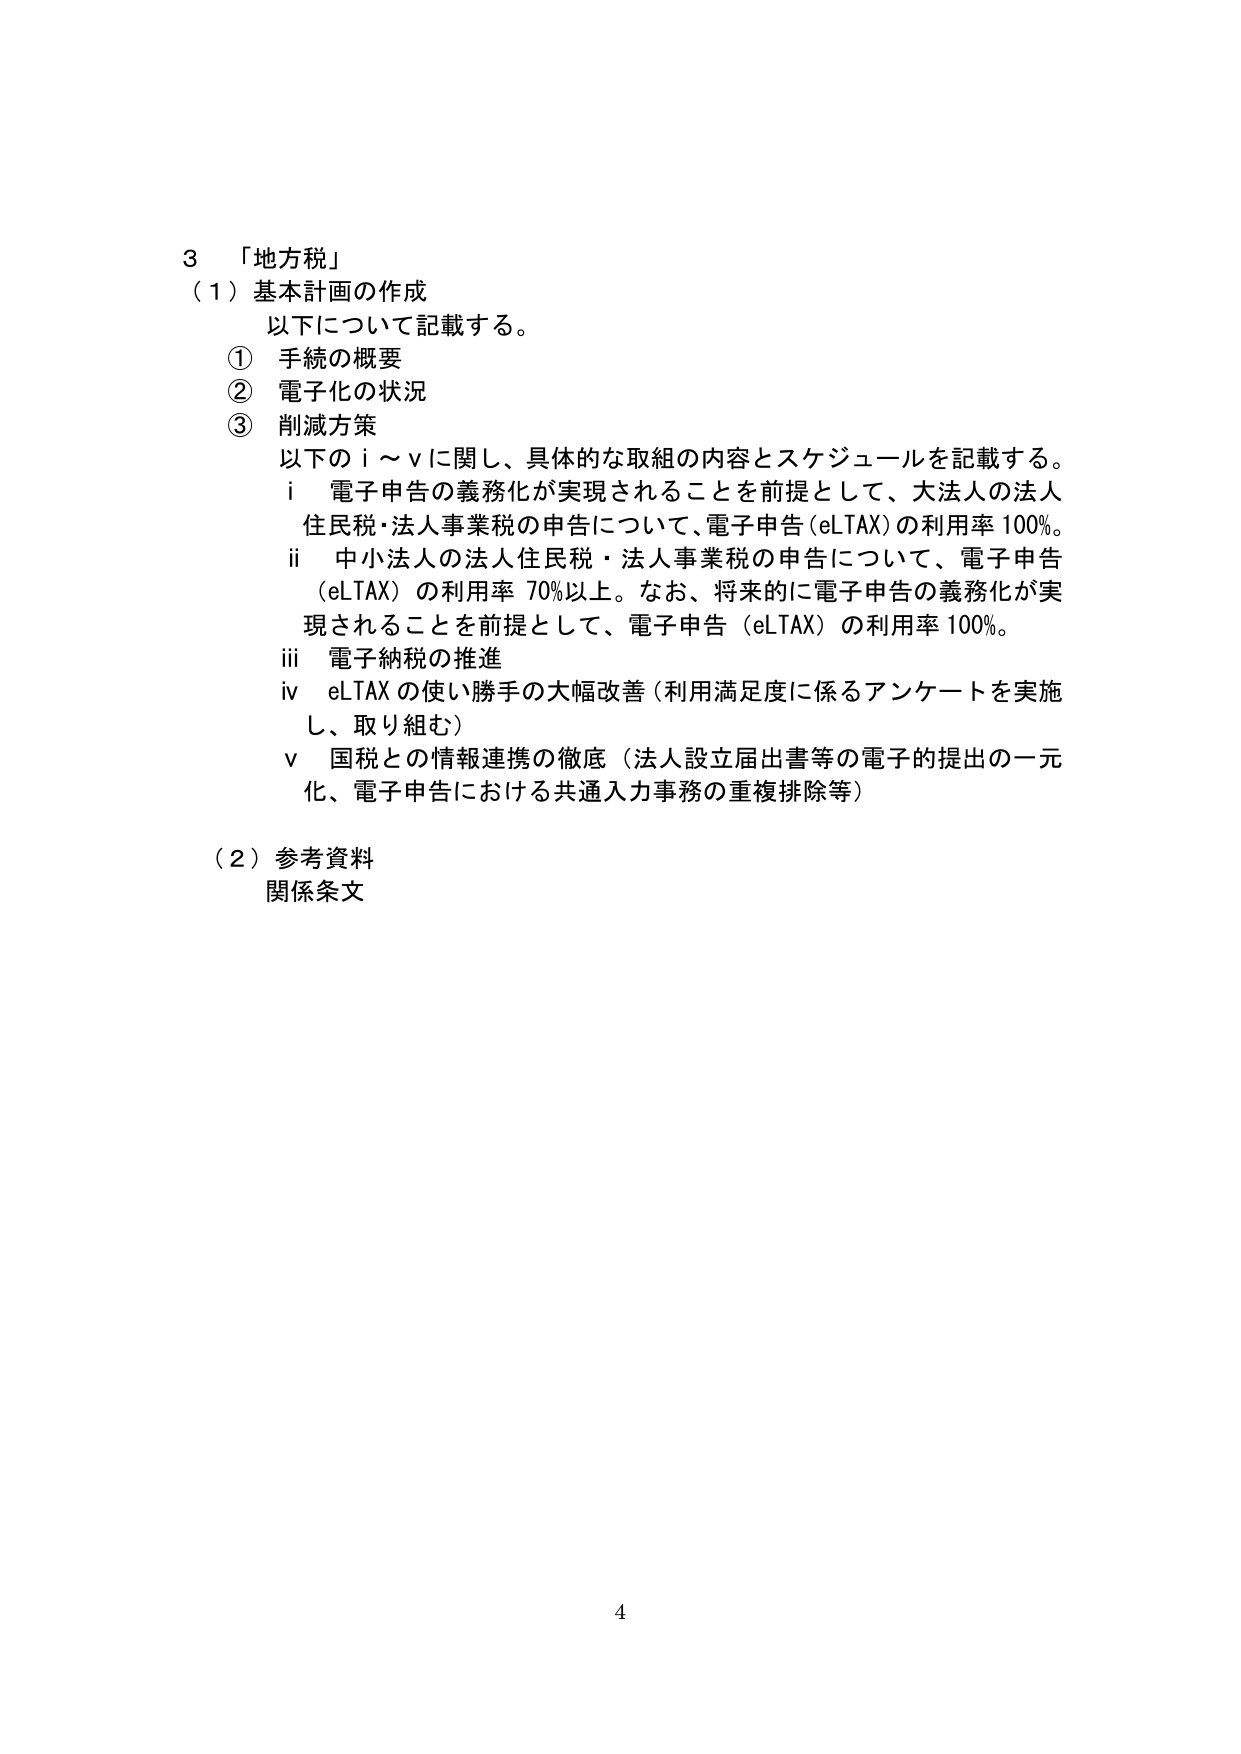
3 「地方税」
（1）基本計画の作成
　以下について記載する。
　① 手続の概要
　② 電子化の状況
　③ 削減方策
　　以下のⅰ～ⅴに関し、具体的な取組の内容とスケジュールを記載する。
　　ⅰ 電子申告の義務化が実現されることを前提として、大法人の法人
　　　住民税・法人事業税の申告について、電子申告（eLTAX）の利用率100％。
　　ⅱ 中小法人の法人住民税・法人事業税の申告について、電子申告
　　　（eLTAX）の利用率70％以上。なお、将来的に電子申告の義務化が実
　　　現されることを前提として、電子申告（eLTAX）の利用率100％。
　　ⅲ 電子納税の推進
　　ⅳ eLTAXの使い勝手の大幅改善（利用満足度に係るアンケートを実施
　　　し、取り組む）
　　ⅴ 国税との情報連携の徹底（法人設立届出書等の電子的提出の一元
　　　化、電子申告における共通入力事務の重複排除等）
（2）参考資料
　関係条文
4